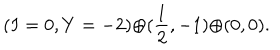
LaTeX: ( I = 0 , Y = - 2 ) { \oplus } ( \frac { 1 } { 2 } , - 1 ) { \oplus } ( 0 , 0 ) .